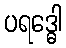
ပရဒ္ဓေါ